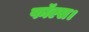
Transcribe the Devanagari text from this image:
फॉल्स।